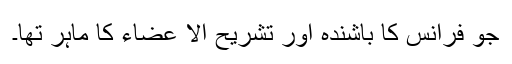
جو فرانس کا باشندہ اور تشریح الا عضاء کا ماہر تھا۔